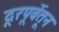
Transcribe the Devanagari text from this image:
दूरपूर्वेतून